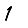
Digit: 1